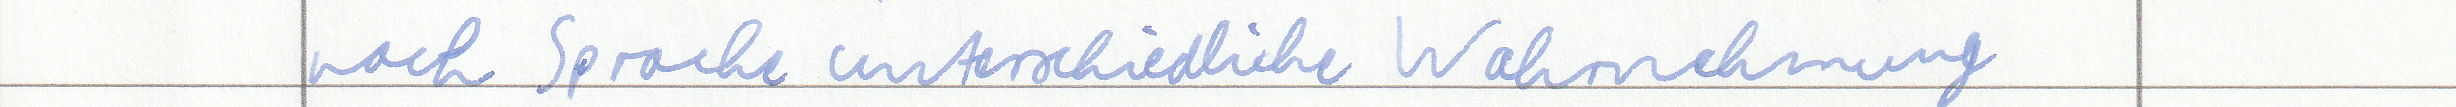
nach Sprache unterschiedliche Wahrnehmung